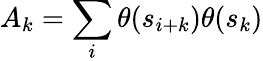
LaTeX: A_{k}=\sum_{i}\theta(s_{i+k})\theta(s_{k})